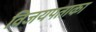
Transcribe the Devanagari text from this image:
विजयपताका